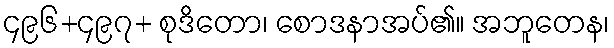
၄၉၆+၄၉၇+ စုဒိတော၊ စောဒနာအပ်၏။ အဘူတေန၊